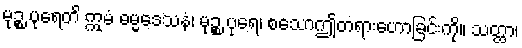
မုဉ္စ ပုရေတိ ဣမံ ဓမ္မဒေသနံ၊ မုဉ္စ ပုရေ၊ စသောဤတရားဟောခြင်းကို။ သတ္ထာ၊